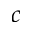
c